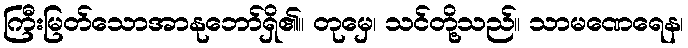
ကြီးမြတ်သောအာနုဘော်ရှိ၏။ တုမှေ၊ သင်တို့သည်။ သာမဏေရေန၊